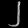
Digit: ၂